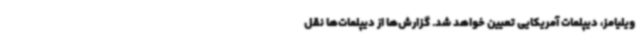
ویلیامز، دیپلمات آمریکایی تعیین خواهد شد. گزارش‌ها از دیپلمات‌ها نقل